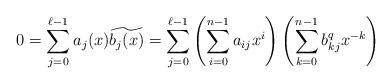
LaTeX: \begin{align*}0&=\sum_{j=0}^{\ell-1}a_j(x)\widetilde{b_j(x)} =\sum_{j=0}^{\ell-1}\left(\sum_{i=0}^{n-1}a_{ij}x^i\right)\left(\sum_{k=0}^{n-1}b_{kj}^qx^{-k}\right)\end{align*}